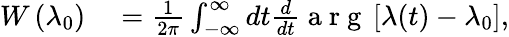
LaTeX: \begin{array}{rl}{W\left(\lambda_{0}\right)}&{{}=\frac{1}{2\pi}\int_{-\infty}^{\infty}dt\frac{d}{dt}\mathrm{~a~r~g~}\left[\lambda(t)-\lambda_{0}\right],}\end{array}